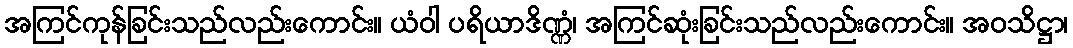
အကြင်ကုန်ခြင်းသည်လည်းကောင်း။ ယံဝါ ပရိယာဒိဏ္ဏံ၊ အကြင်ဆုံးခြင်းသည်လည်းကောင်း။ အဝသိဋ္ဌာ၊